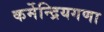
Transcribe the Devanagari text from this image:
कर्मेन्द्रियगणा